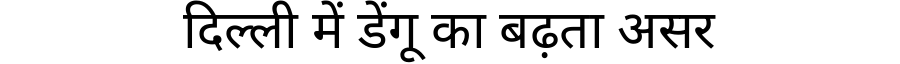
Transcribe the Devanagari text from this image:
दिल्ली में डेंगू का बढ़ता असर